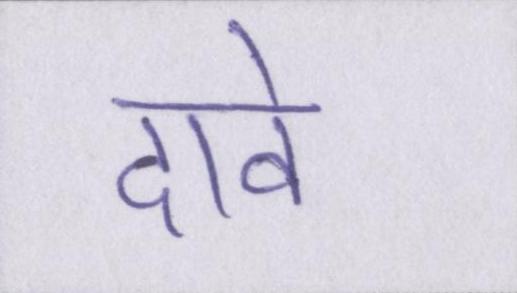
दावे